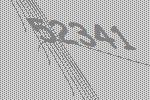
52341